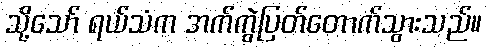
သို့သော် ရယ်သံက အက်ကွဲပြတ်တောက်သွားသည်။